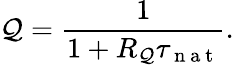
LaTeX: \mathcal{Q}=\frac{{1}}{{1+R_{\mathcal{Q}}\tau_{\mathrm{{~n~a~t~}}}}}.